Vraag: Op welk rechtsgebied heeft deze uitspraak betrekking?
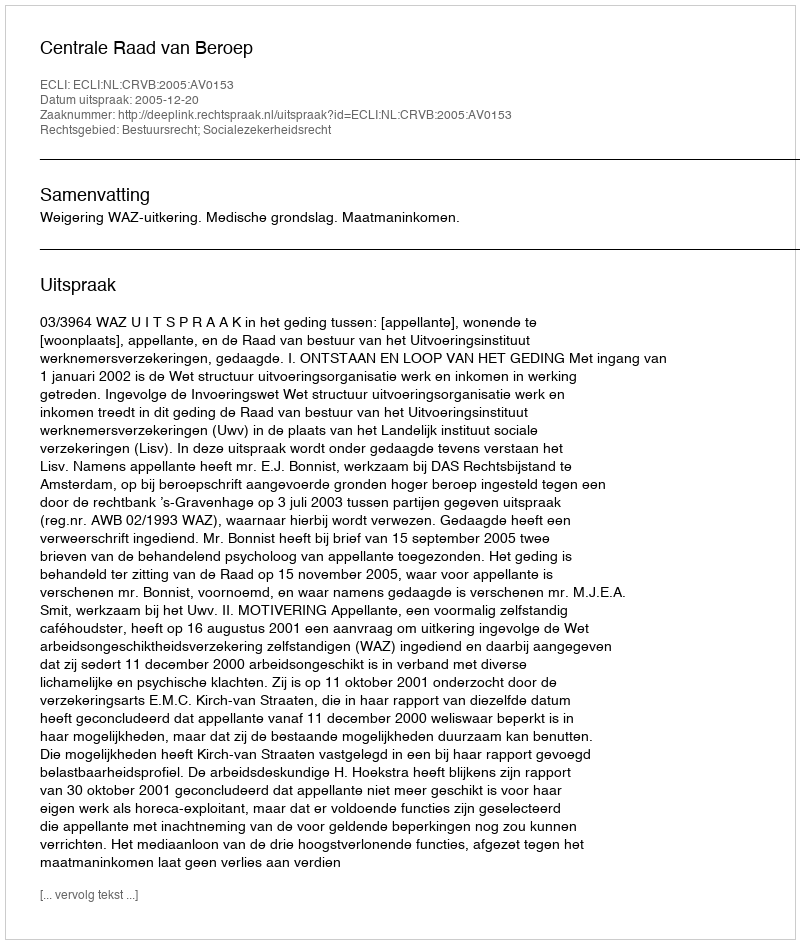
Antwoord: Bestuursrecht; Socialezekerheidsrecht